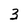
Character: 3